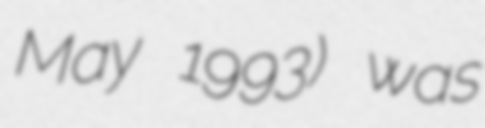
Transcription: May 1993) was